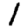
Digit: 1